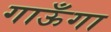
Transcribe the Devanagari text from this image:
गाऊँगा